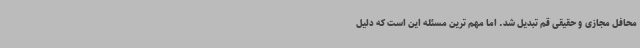
محافل مجازی و حقیقی قم تبدیل شد. اما مهم ترین مسئله این است که دلیل